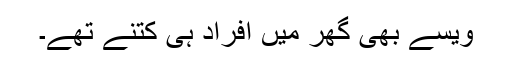
ویسے بھی گھر میں افراد ہی کتنے تھے۔